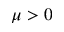
\mu > 0